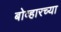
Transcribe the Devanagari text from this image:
बोव्हारच्या